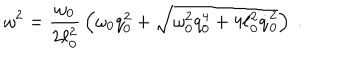
\omega ^ { 2 } = { \frac { \omega _ { 0 } } { 2 \ell _ { 0 } ^ { 2 } } } \left( \omega _ { 0 } q _ { 0 } ^ { 2 } + \sqrt { \omega _ { 0 } ^ { 2 } q _ { 0 } ^ { 4 } + 4 \ell _ { 0 } ^ { 2 } \dot { q } _ { 0 } ^ { 2 } } \right) \; .